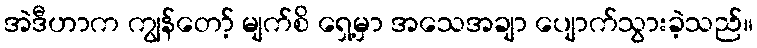
အဲဒီဟာက ကျွန်တော့် မျက်စိ ရှေ့မှာ အသေအချာ ပျောက်သွားခဲ့သည်။